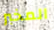
المخبر